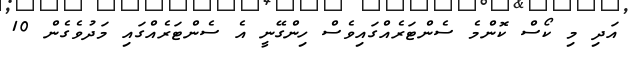
އަދި މި ކޯސް ކޮންމެ ސެންޓަރެއްގައިވެސް ހިންގޭނީ އެ ސެންޓަރެއްގައި މަދުވެގެން 10